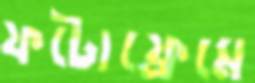
ফটোফ্রেমে